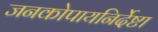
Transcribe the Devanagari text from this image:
जनकोपायनिर्देष्टा